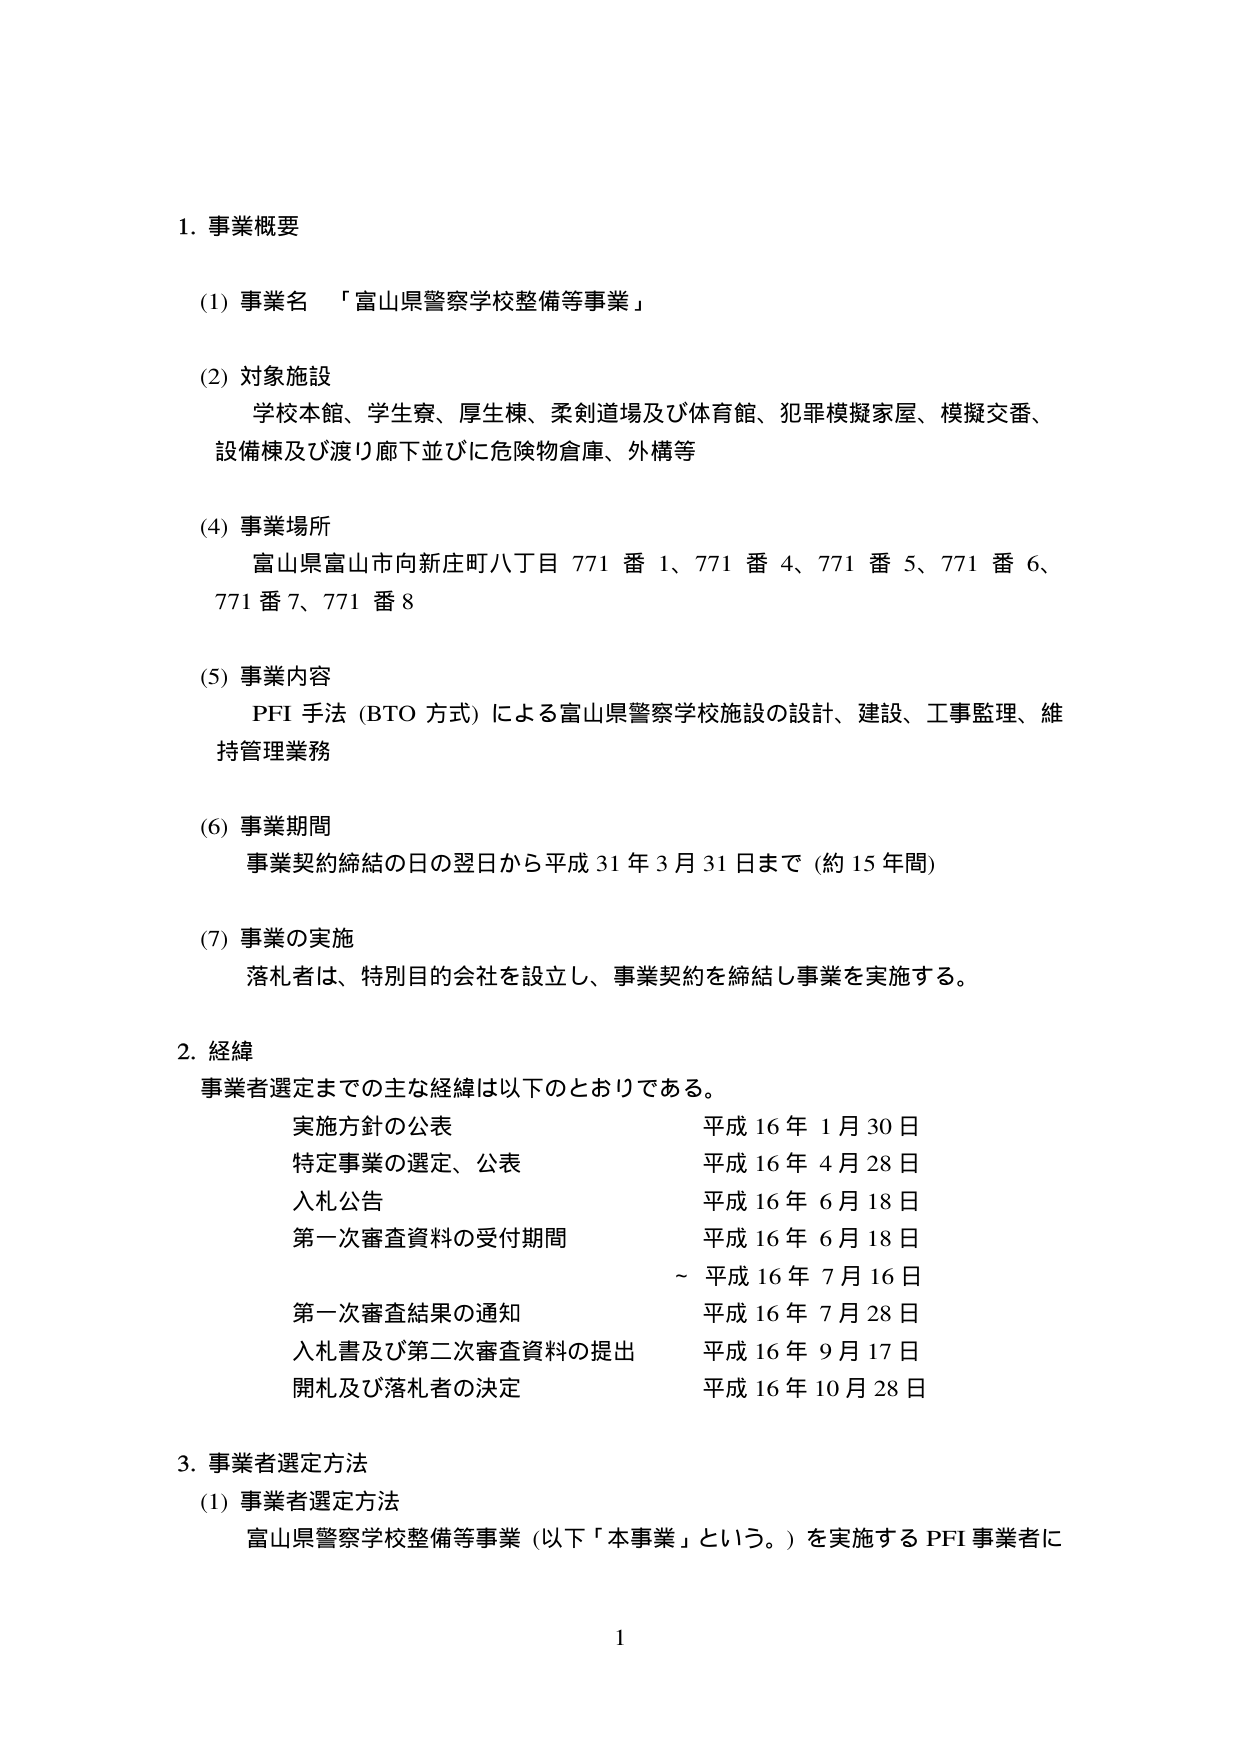
1. 事業概要

(1) 事業名 「富山県警察学校整備等事業」

(2) 対象施設
学校本館、学生寮、厚生棟、柔剣道場及び体育館、犯罪模擬家屋、模擬交番、
設備棟及び渡り廊下並びに危険物倉庫、外構等

(4) 事業場所
富山県富山市向新庄町八丁目 771 番 1、771 番 4、771 番 5、771 番 6、
771 番 7、771 番 8

(5) 事業内容
PFI 手法 (BTO 方式) による富山県警察学校施設の設計、建設、工事監理、維
持管理業務

(6) 事業期間
事業契約締結の日の翌日から平成 31 年 3 月 31 日まで (約 15 年間)

(7) 事業の実施
落札者は、特別目的会社を設立し、事業契約を締結し事業を実施する。

2. 経緯
事業者選定までの主な経緯は以下のとおりである。
実施方針の公表 平成 16 年 1 月 30 日
特定事業の選定、公表 平成 16 年 4 月 28 日
入札公告 平成 16 年 6 月 18 日
第一次審査資料の受付期間 平成 16 年 6 月 18 日
～ 平成 16 年 7 月 16 日
第一次審査結果の通知 平成 16 年 7 月 28 日
入札書及び第二次審査資料の提出 平成 16 年 9 月 17 日
開札及び落札者の決定 平成 16 年 10 月 28 日

3. 事業者選定方法
(1) 事業者選定方法
富山県警察学校整備等事業 (以下「本事業」という。) を実施する PFI 事業者に

1